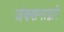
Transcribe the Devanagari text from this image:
जंक्शनाद्वारे